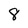
Character: 8